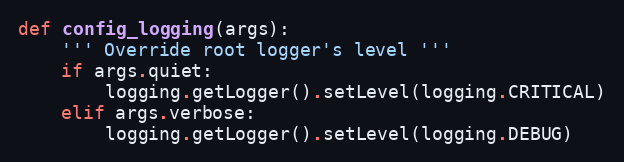
Language: Python
def config_logging(args):
    ''' Override root logger's level '''
    if args.quiet:
        logging.getLogger().setLevel(logging.CRITICAL)
    elif args.verbose:
        logging.getLogger().setLevel(logging.DEBUG)